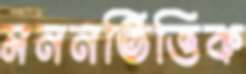
মননভিত্তিক